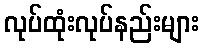
လုပ်ထုံးလုပ်နည်းများ